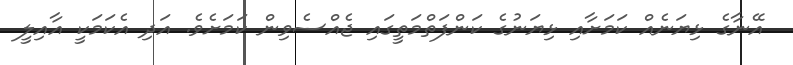
އޭނާގެ ޅިޔަނެއް ކަމަށާއި ޅިޔަނުގެ ކަންފަތްމަތީގައި ޖެއްސެވިން ކަމަށެވެ. އަދި އެކަމަކީ އާއިލީ